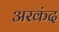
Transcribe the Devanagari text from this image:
अरकंद